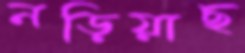
নড়িয়াছ